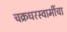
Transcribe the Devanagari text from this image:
चक्रधरस्वामींचा